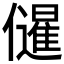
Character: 𭀌